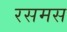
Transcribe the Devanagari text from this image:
रसमस